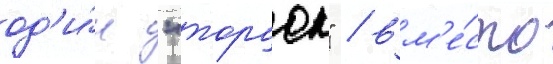
од'и́н "торчок" / вм'е́сто